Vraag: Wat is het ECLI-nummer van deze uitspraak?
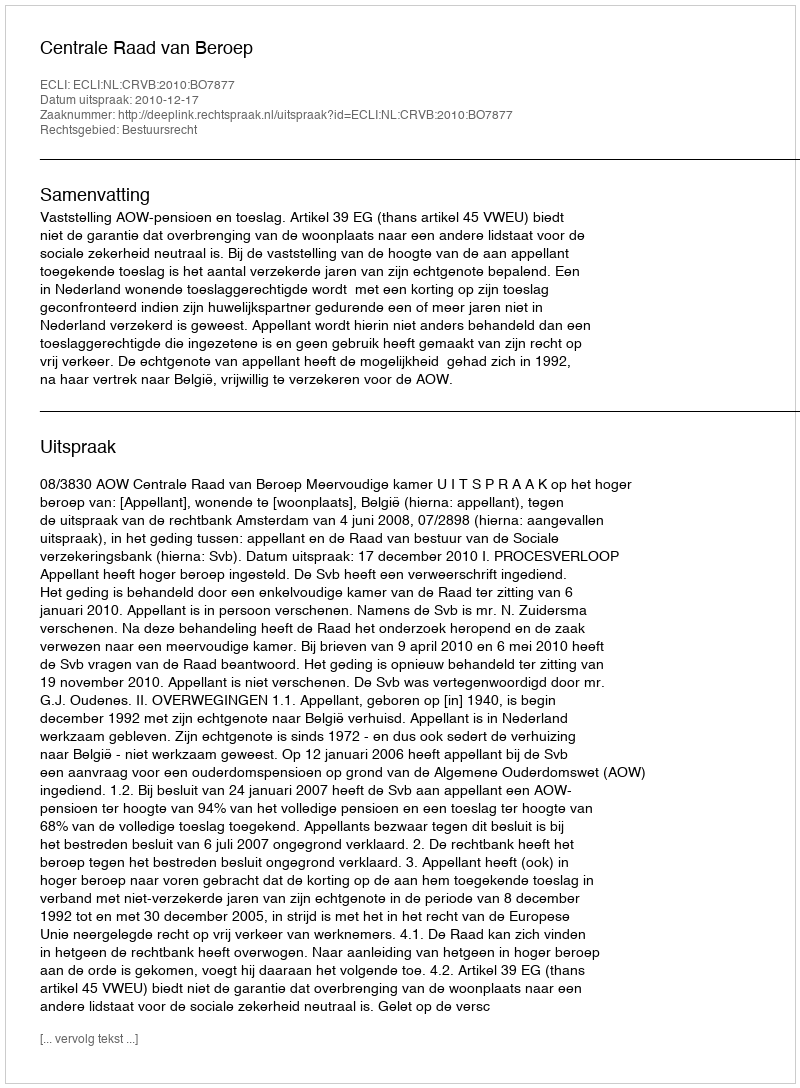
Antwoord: ECLI:NL:CRVB:2010:BO7877